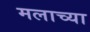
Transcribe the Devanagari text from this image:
मलाच्या